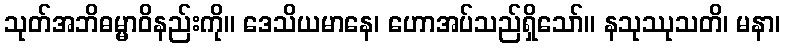
သုတ်အဘိဓမ္မာဝိနည်းကို။ ဒေသိယမာနေ၊ ဟောအပ်သည်ရှိသော်။ နသုဿုသတိ၊ မနာ၊